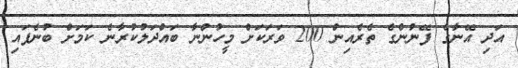
އަދި އޭނާގެ ފޭނުންގެ ތެރެއިން 200 ވަރަކަށް މީހުންނާ ބައްދަލުކުރާނެ ކަމަށް ބުނެފައި